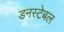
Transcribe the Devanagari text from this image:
डनस्टेबल